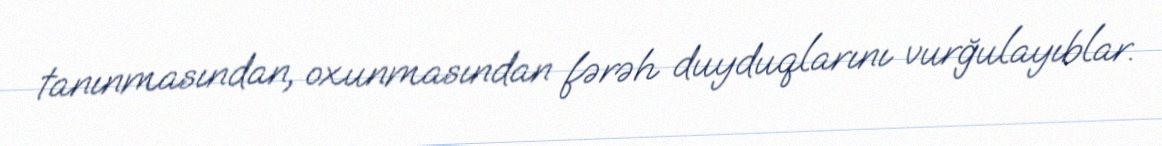
tanınmasından, oxunmasından fərəh duyduqlarını vurğulayıblar.